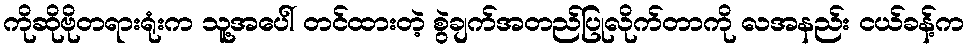
ကိုဆိုဗိုတရားရုံးက သူ့အပေါ် တင်ထားတဲ့ စွဲချက်အတည်ပြုလိုက်တာကို လအနည်း ငယ်ခန့်က